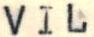
VIL